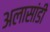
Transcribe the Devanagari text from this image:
अलासांडी